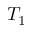
T _ { 1 }